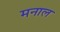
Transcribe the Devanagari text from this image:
मनाल